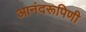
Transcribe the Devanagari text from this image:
आनंदरूपिणी